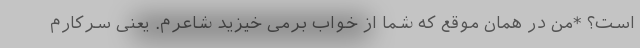
است؟ *من در همان موقع که شما از خواب برمی خیزید شاعرم. یعنی سرِکارم